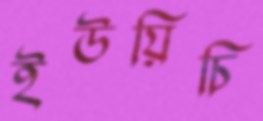
ইউয়িচি